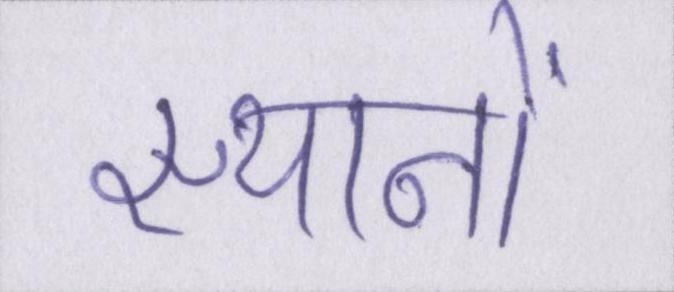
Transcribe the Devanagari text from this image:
स्थानों